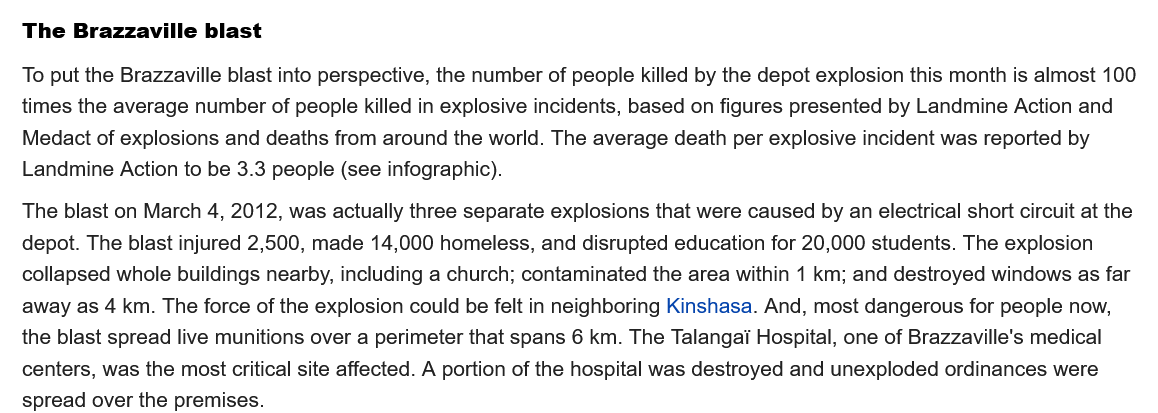
The Brazzaville blast
   The blast on March 4, 2012, was actually three separate explosions that were caused by an electrical short circuit at the
   depot. The blast injured 2,500, made 14,000 homeless, and disrupted education for 20,000 students. The explosion
   collapsed whole buildings nearby, including a church; contaminated the area within 1 km; and destroyed windows as far
   away as 4 km. The force of the explosion could be felt in neighboring Kinshasa. And, most dangerous for people now,
   the blast spread live munitions over a perimeter that spans 6 km. The Talangai Hospital, one of Brazzaville's medical
   centers, was the most critical site affected. A portion of the hospital was destroyed and unexploded ordinances were
   spread over the premises.
   To put the Brazzaville blast into perspective, the number of people killed by the depot explosion this month is almost 100
   times the average number of people killed in explosive incidents, based on figures presented by Landmine Action and
   Medact of explosions and deaths from around the world. The average death per explosive incident was reported by
   Landmine Action to be 3.3 people (see infographic).